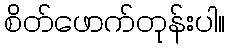
စိတ်ဖောက်တုန်းပါ။